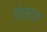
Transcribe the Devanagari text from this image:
पोस्टचा